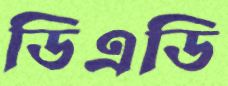
ডিএডি